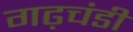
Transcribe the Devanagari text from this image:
गढ़चंडी